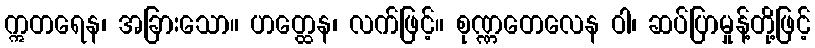
ဣတရေန၊ အခြားသော။ ဟတ္ထေန၊ လက်ဖြင့်။ စုဏ္ဏတေလေန ဝါ၊ ဆပ်ပြာမှုန့်တို့ဖြင့်